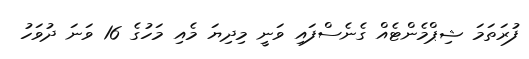
ފުރަތަމަ ޝިޕްމެންޓެއް ގެނެސްފައި ވަނީ މިދިޔަ މެއި މަހުގެ 16 ވަނަ ދުވަހު